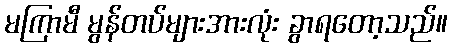
မကြာမီ မွန်တပ်များအားလုံး ခွာရတော့သည်။